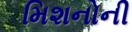
મિશનોની